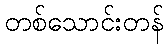
တစ်သောင်းတန်